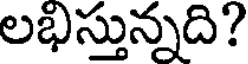
లభిస్తున్నది?